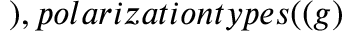
) , p o l a r i z a t i o n t y p e s ( ( g )